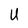
Character: U